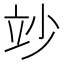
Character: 竗